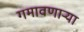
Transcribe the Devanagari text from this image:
गमावणार्‍या